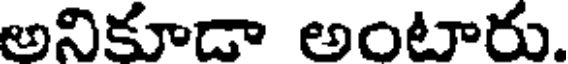
అనికూడా అంటారు.